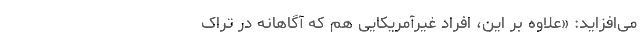
می‌افزاید: «علاوه بر این، افراد غیرآمریکایی هم که آگاهانه در تراک